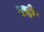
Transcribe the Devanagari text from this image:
कङे